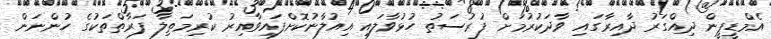
އެމްޑީޕީން ދިއްގަރު ދާއިރާގައި ވާދަކުރުމަށް ފުރުސަތު ހުޅުވާލައި އިއުލާނުކޮށްފައިވާއިރު ކުރިމަތިލާ ފަރާތްތަކުގެ ހުންނަން